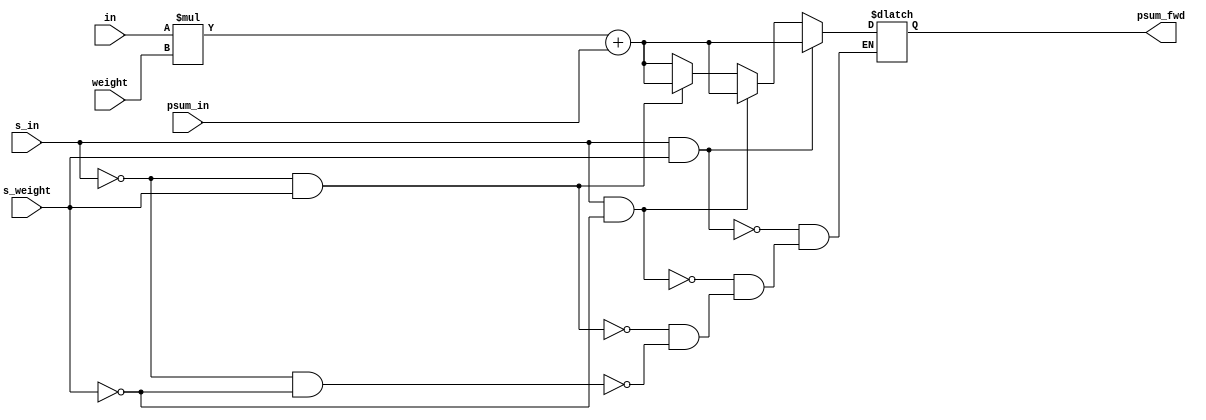
module fixed4 #(parameter COL_WIDTH=11) (
    input [7:0] in,
    input [3:0] weight,
    input [(COL_WIDTH*2)-1:0] psum_in,
    input s_in,
    input s_weight,
    output reg [(COL_WIDTH*2)-1:0] psum_fwd
    );

    always @(*) begin
        if (s_in == 1'b1 && s_weight == 1'b1) begin
            psum_fwd <= ($signed(in) * $signed(weight)) + psum_in;
        end else if (s_in == 1'b1 && s_weight == 1'b0) begin
            psum_fwd <= ($signed(in) * weight) + psum_in;
        end else if (s_in == 1'b0 && s_weight == 1'b1) begin
            psum_fwd <= (in * $signed(weight)) + psum_in;
        end else if (s_in == 1'b0 && s_weight== 1'b0) begin
            psum_fwd <= (in * weight) + psum_in;
        end
    end    

 
endmodule